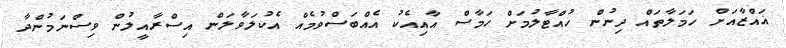
ޣައްޒާއަށް ހަމަލާތައް ދިނުން ހުއްޓާލުމަށް ހަމާސް އާއިއެކު އެއްބަސްވުމެއް އެކުލަވާލަން އިސްރާއީލުން ވިސްނަމުންދާ